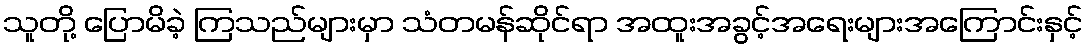
သူတို့ ပြောမိခဲ့ ကြသည်များမှာ သံတမန်ဆိုင်ရာ အထူးအခွင့်အရေးများအကြောင်းနှင့်